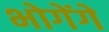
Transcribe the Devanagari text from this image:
भोगेंगे